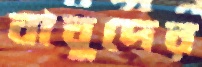
বাবুদের